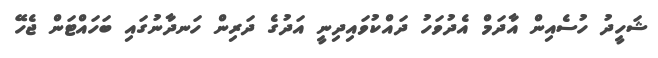
ޝަހީދު ހުސެއިން އާދަމް އެދުވަހު ދައްކުވައިދިނީ އަދުގެ ދަރިން ހަނދާނުގައި ބަހައްޓަން ޖެހޭ